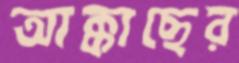
আক্কাছের